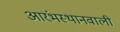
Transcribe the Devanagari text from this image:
आरंभस्थानवाली